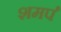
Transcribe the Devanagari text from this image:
शमर्प